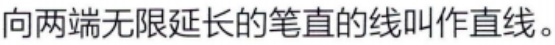
向两端无限延长的笔直的线叫作直线。